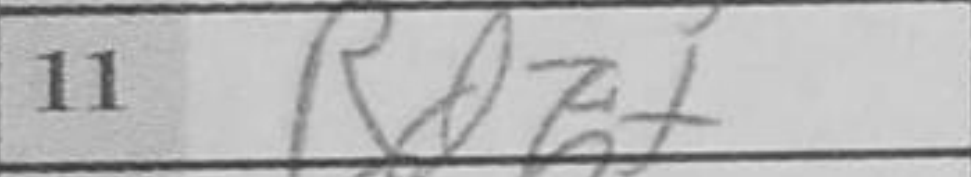
Transcription: Rd6+